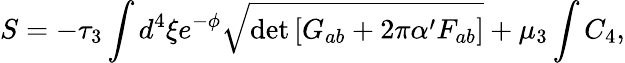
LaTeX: S=-\tau_{3}\int d^{4}\xi e^{-\phi}\sqrt{\operatorname*{det}\left[G_{ab}+2\pi\alpha^{\prime}F_{ab}\right]}+\mu_{3}\int C_{4},